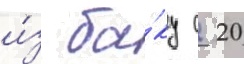
и́з ба́ку с 20